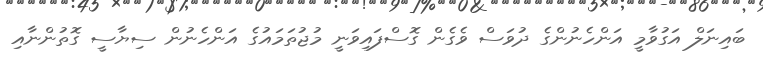
ބައިނަލް އަގުވާމީ އަންހެނުންގެ ދުވަސް ވެގެން ގޮސްފައިވަނީ މުޖުތަމައުގެ އަންހެނުން ސިޔާސީ ގޮތުންނާއި